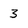
Character: 3